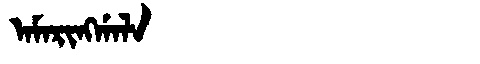
Manchu: ᠠᠮᠠᡵᡳᠩᡤᠠᠯᠠ
Romanization: AMARINGGALA